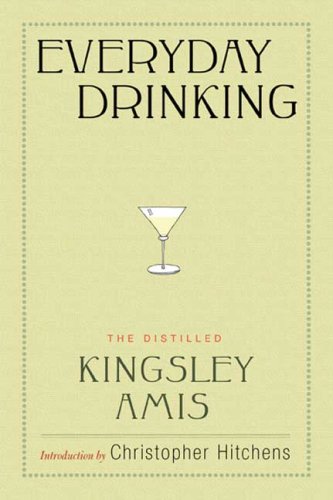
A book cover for Everyday Drinking: The Distilled Kingsley Amis; Kingsley Amis; Humor & Entertainment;